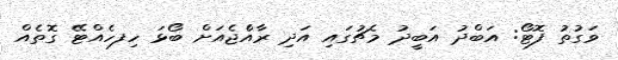
ވަގުތު ފޮޓޯ: އަބްދު އަބީދު މެޗުގައި އަދި ރާއްެޖެއަށް ބޯޅަ ހިފހެއްޓޭ ގޮތެއް